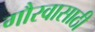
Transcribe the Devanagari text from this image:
गौरवासाठी